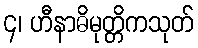
၄၊ ဟီနာဓိမုတ္တိကသုတ်